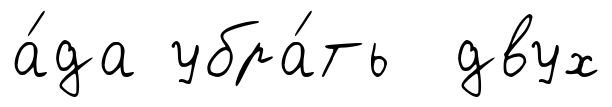
а́да убра́ть двух